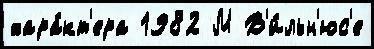
хара́кт'ера 1982 М В'и́льн'юс'е